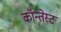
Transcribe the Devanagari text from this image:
कॉन्तेस्ट